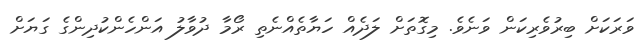
ވަރަކަށް ބިރުވެރިކަން ވަނެވެ. މިގޮތަށް ލަދެއް ހަޔާތެއްނެތި ރޯމާ ދުވާލު އަންހެންކުދިންގެ ގަޔަށް